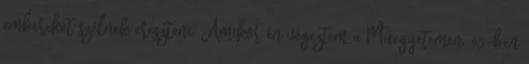
embereket szélnek ereszteni. Amikor én végeztem a Műegyetemen, 95-ben